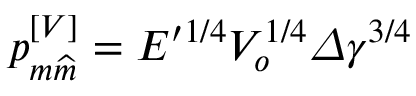
p _ { m \widehat { m } } ^ { \left[ V \right] } = E ^ { \prime 1 / 4 } V _ { o } ^ { 1 / 4 } \varDelta \gamma ^ { 3 / 4 }